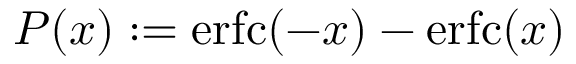
P ( x ) : = \mathrm { e r f c } ( - x ) - \mathrm { e r f c } ( x )